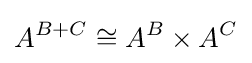
A^{B+C}\cong A^{B}\times A^{C}